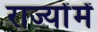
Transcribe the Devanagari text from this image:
राज्योंमें